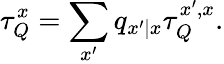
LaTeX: \tau_{Q}^{x}=\sum_{x^{\prime}}q_{x^{\prime}|x}\tau_{Q}^{x^{\prime},x}.